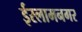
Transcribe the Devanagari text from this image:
ईस्लामनगर